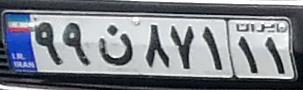
۹۹ن۸۷۱۱۱